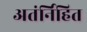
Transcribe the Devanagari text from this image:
अतंर्निहित